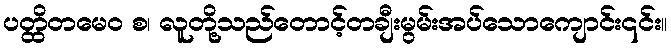
ပတ္ထိတမေဝ စ၊ လူတို့သည်တောင့်တချီးမွမ်းအပ်သောကျောင်း၎င်း။